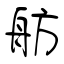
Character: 舫